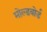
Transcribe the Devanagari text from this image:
मोल्डबोर्ड